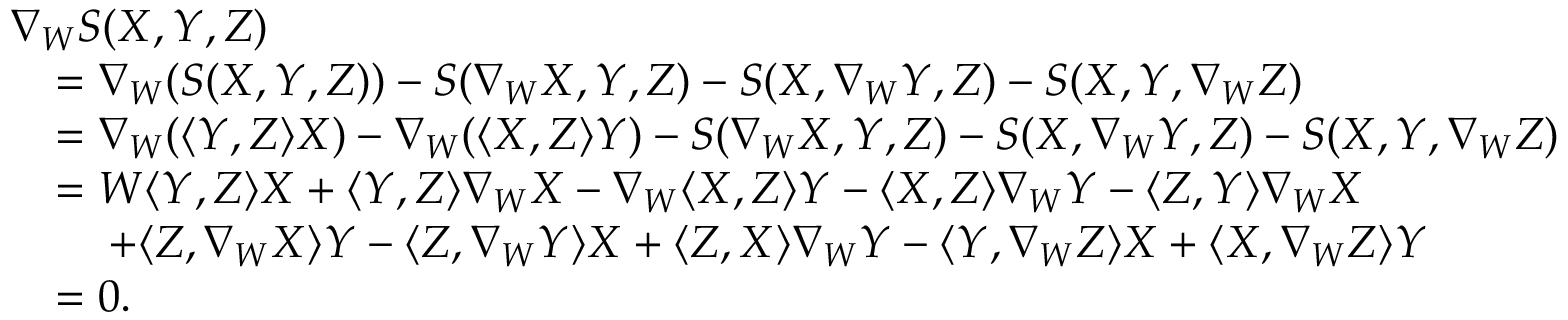
\begin{array} { r l } & { \nabla _ { W } S ( X , Y , Z ) } \\ & { \quad = \nabla _ { W } ( S ( X , Y , Z ) ) - S ( \nabla _ { W } X , Y , Z ) - S ( X , \nabla _ { W } Y , Z ) - S ( X , Y , \nabla _ { W } Z ) } \\ & { \quad = \nabla _ { W } ( \langle Y , Z \rangle X ) - \nabla _ { W } ( \langle X , Z \rangle Y ) - S ( \nabla _ { W } X , Y , Z ) - S ( X , \nabla _ { W } Y , Z ) - S ( X , Y , \nabla _ { W } Z ) } \\ & { \quad = W \langle Y , Z \rangle X + \langle Y , Z \rangle \nabla _ { W } X - \nabla _ { W } \langle X , Z \rangle Y - \langle X , Z \rangle \nabla _ { W } Y - \langle Z , Y \rangle \nabla _ { W } X } \\ & { \quad \quad \, + \langle Z , \nabla _ { W } X \rangle Y - \langle Z , \nabla _ { W } Y \rangle X + \langle Z , X \rangle \nabla _ { W } Y - \langle Y , \nabla _ { W } Z \rangle X + \langle X , \nabla _ { W } Z \rangle Y } \\ & { \quad = 0 . } \end{array}